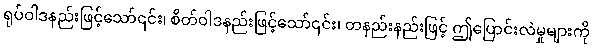
ရုပ်ဝါဒနည်းဖြင့်သော်၎င်း၊ စိတ်ဝါဒနည်းဖြင့်သော်၎င်း၊ တနည်းနည်းဖြင့် ဤပြောင်းလဲမှုများကို